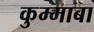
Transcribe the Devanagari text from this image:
कुम्माबा